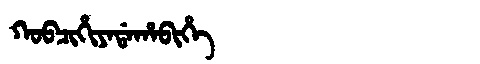
Manchu: ᡴᠣᠪᠴᡳᡥᡳᠶᠠᡩᠠᡥᠠᠪᡳᡥᡝ
Romanization: KOBCIHIYADAHABIHE